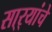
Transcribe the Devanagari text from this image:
सा्र्‍यांचे